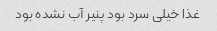
غذا خیلی سرد بود پنیر آب نشده بود